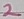
Text: 2